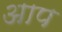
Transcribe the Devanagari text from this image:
अाप